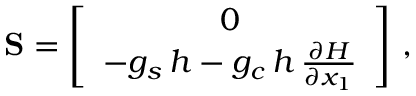
\begin{array} { r } { { \bf S } = \left[ \begin{array} { c } { 0 } \\ { - g _ { s } \, { h } - g _ { c } \, { h } \, \frac { \partial { H } } { \partial { x } _ { 1 } } } \end{array} \right] \, , } \end{array}